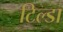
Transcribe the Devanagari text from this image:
टिल्डा